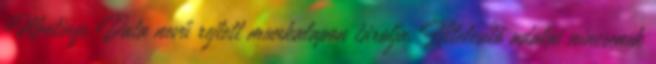
Meetings Data nevű rejtett munkalapon tárolja. Hitelesítő adatai nincsenek